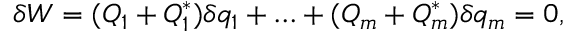
\delta W = ( Q _ { 1 } + Q _ { 1 } ^ { * } ) \delta q _ { 1 } + \ldots + ( Q _ { m } + Q _ { m } ^ { * } ) \delta q _ { m } = 0 ,